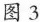
图3